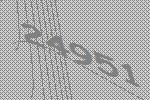
24951